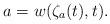
LaTeX: \begin{align*}a=w(\zeta_a(t), t).\end{align*}